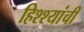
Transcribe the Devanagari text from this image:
हिश्श्यांची